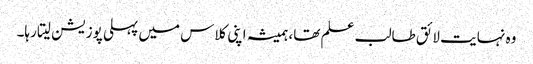
وہ نہایت لائق طالب علم تھا، ہمیشہ اپنی کلاس میں پہلی پوزیشن لیتا رہا۔